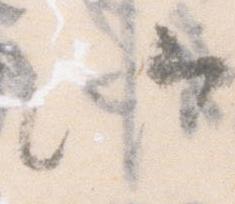
候